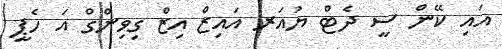
އައި ކޭން ސީ ދެޓް ޔުއަރ އައިޒް އިޒް ގިވިންގް އަ ހެޕީ